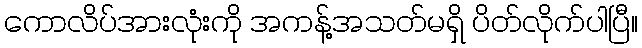
ကောလိပ်အားလုံးကို အကန့်အသတ်မရှိ ပိတ်လိုက်ပါပြီ။